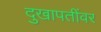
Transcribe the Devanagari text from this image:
दुखापतींवर